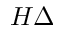
H \Delta